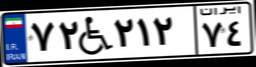
۷۲W۲۱۲۷۴